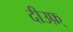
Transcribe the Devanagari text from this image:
दीउफ़्